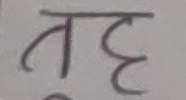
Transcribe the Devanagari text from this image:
बृह